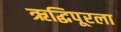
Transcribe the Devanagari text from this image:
ऋद्धिपूरला